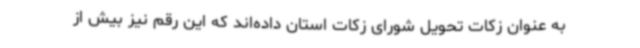
به عنوان زکات تحویل شورای زکات استان داده‌اند که این رقم نیز بیش از